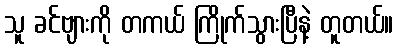
သူ ခင်ဗျားကို တကယ် ကြိုက်သွားပြီနဲ့ တူတယ်။